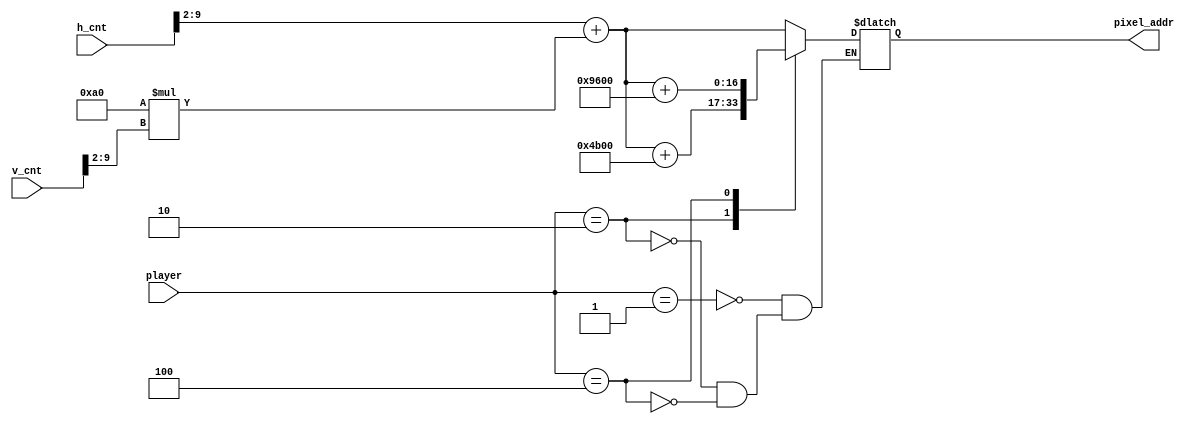
`timescale 1ns / 1ps
//////////////////////////////////////////////////////////////////////////////////
// Company: 
// Engineer: 
// 
// Design Name: 
// Module Name: win_player
// Project Name: 
// Target Devices: 
// Tool Versions: 
// Description: 
// 
// Dependencies: 
// 
// Revision:
// Revision 0.01 - File Created
// Additional Comments:
// 
//////////////////////////////////////////////////////////////////////////////////


module win_player(
  input [9:0] h_cnt,
  input [9:0] v_cnt,
  input [2:0] player,
  output reg [16:0] pixel_addr
);

always @*
begin
    case(player)
        3'b001: pixel_addr = (h_cnt>>2)+160*(v_cnt>>2);
        3'b010: pixel_addr = (h_cnt>>2)+160*(v_cnt>>2)+19200;
        3'b100: pixel_addr = (h_cnt>>2)+160*(v_cnt>>2)+38400;
    endcase
end
    
endmodule